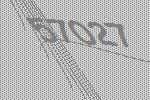
57027